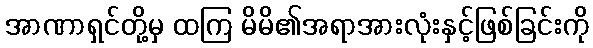
အာဏာရှင်တို့မှ ထကြ မိမိ၏အရာအားလုံးနှင့်ဖြစ်ခြင်းကို